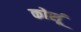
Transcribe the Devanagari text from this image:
कोर्सू